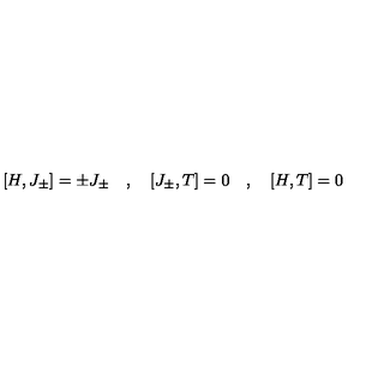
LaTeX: [ H , J _ { \pm } ] = \pm J _ { \pm } \quad , \quad [ J _ { \pm } , T ] = 0 \quad , \quad [ H , T ] = 0